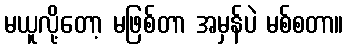
မယူလို့တော့ မဖြစ်တာ အမှန်ပဲ မစ်စတာ။